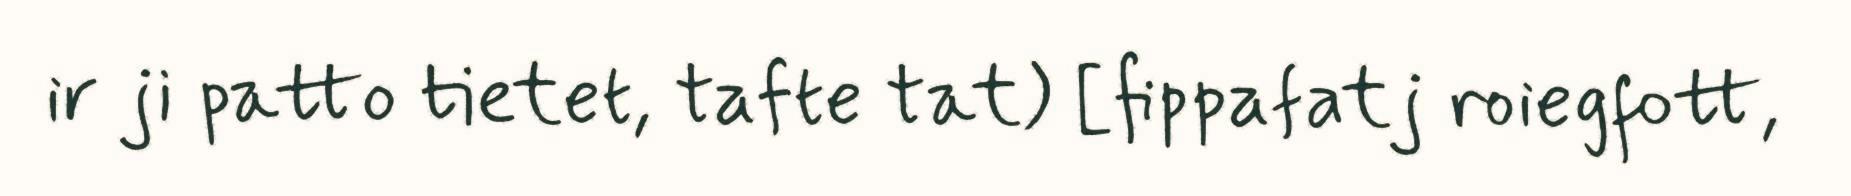
ir ji patto tietet, tafte tat) [fippafatj roiegfott,